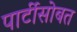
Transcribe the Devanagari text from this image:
पार्टीसोबत